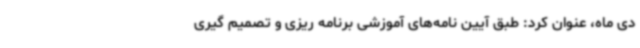
دی ماه، عنوان کرد: طبق آیین نامه‌های آموزشی برنامه ریزی و تصمیم گیری